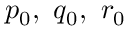
p _ { 0 } , ~ q _ { 0 } , ~ r _ { 0 }